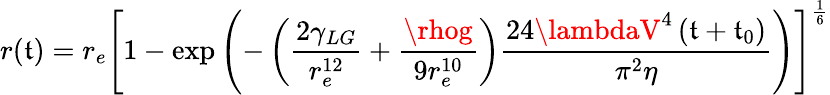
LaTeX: r(\mathfrak{t})=r_{e}\left[1-\exp\left(-\left({\frac{{2\gamma_{LG}}}{{r_{e}^{12}}}}+{\frac{{\rhog}}{{9r_{e}^{10}}}}\right){\frac{{24\lambdaV^{4}\left(\mathfrak{t}+\mathfrak{t}_{0}\right)}}{{\pi^{2}\eta}}}\right)\right]^{\frac{{1}}{{6}}}